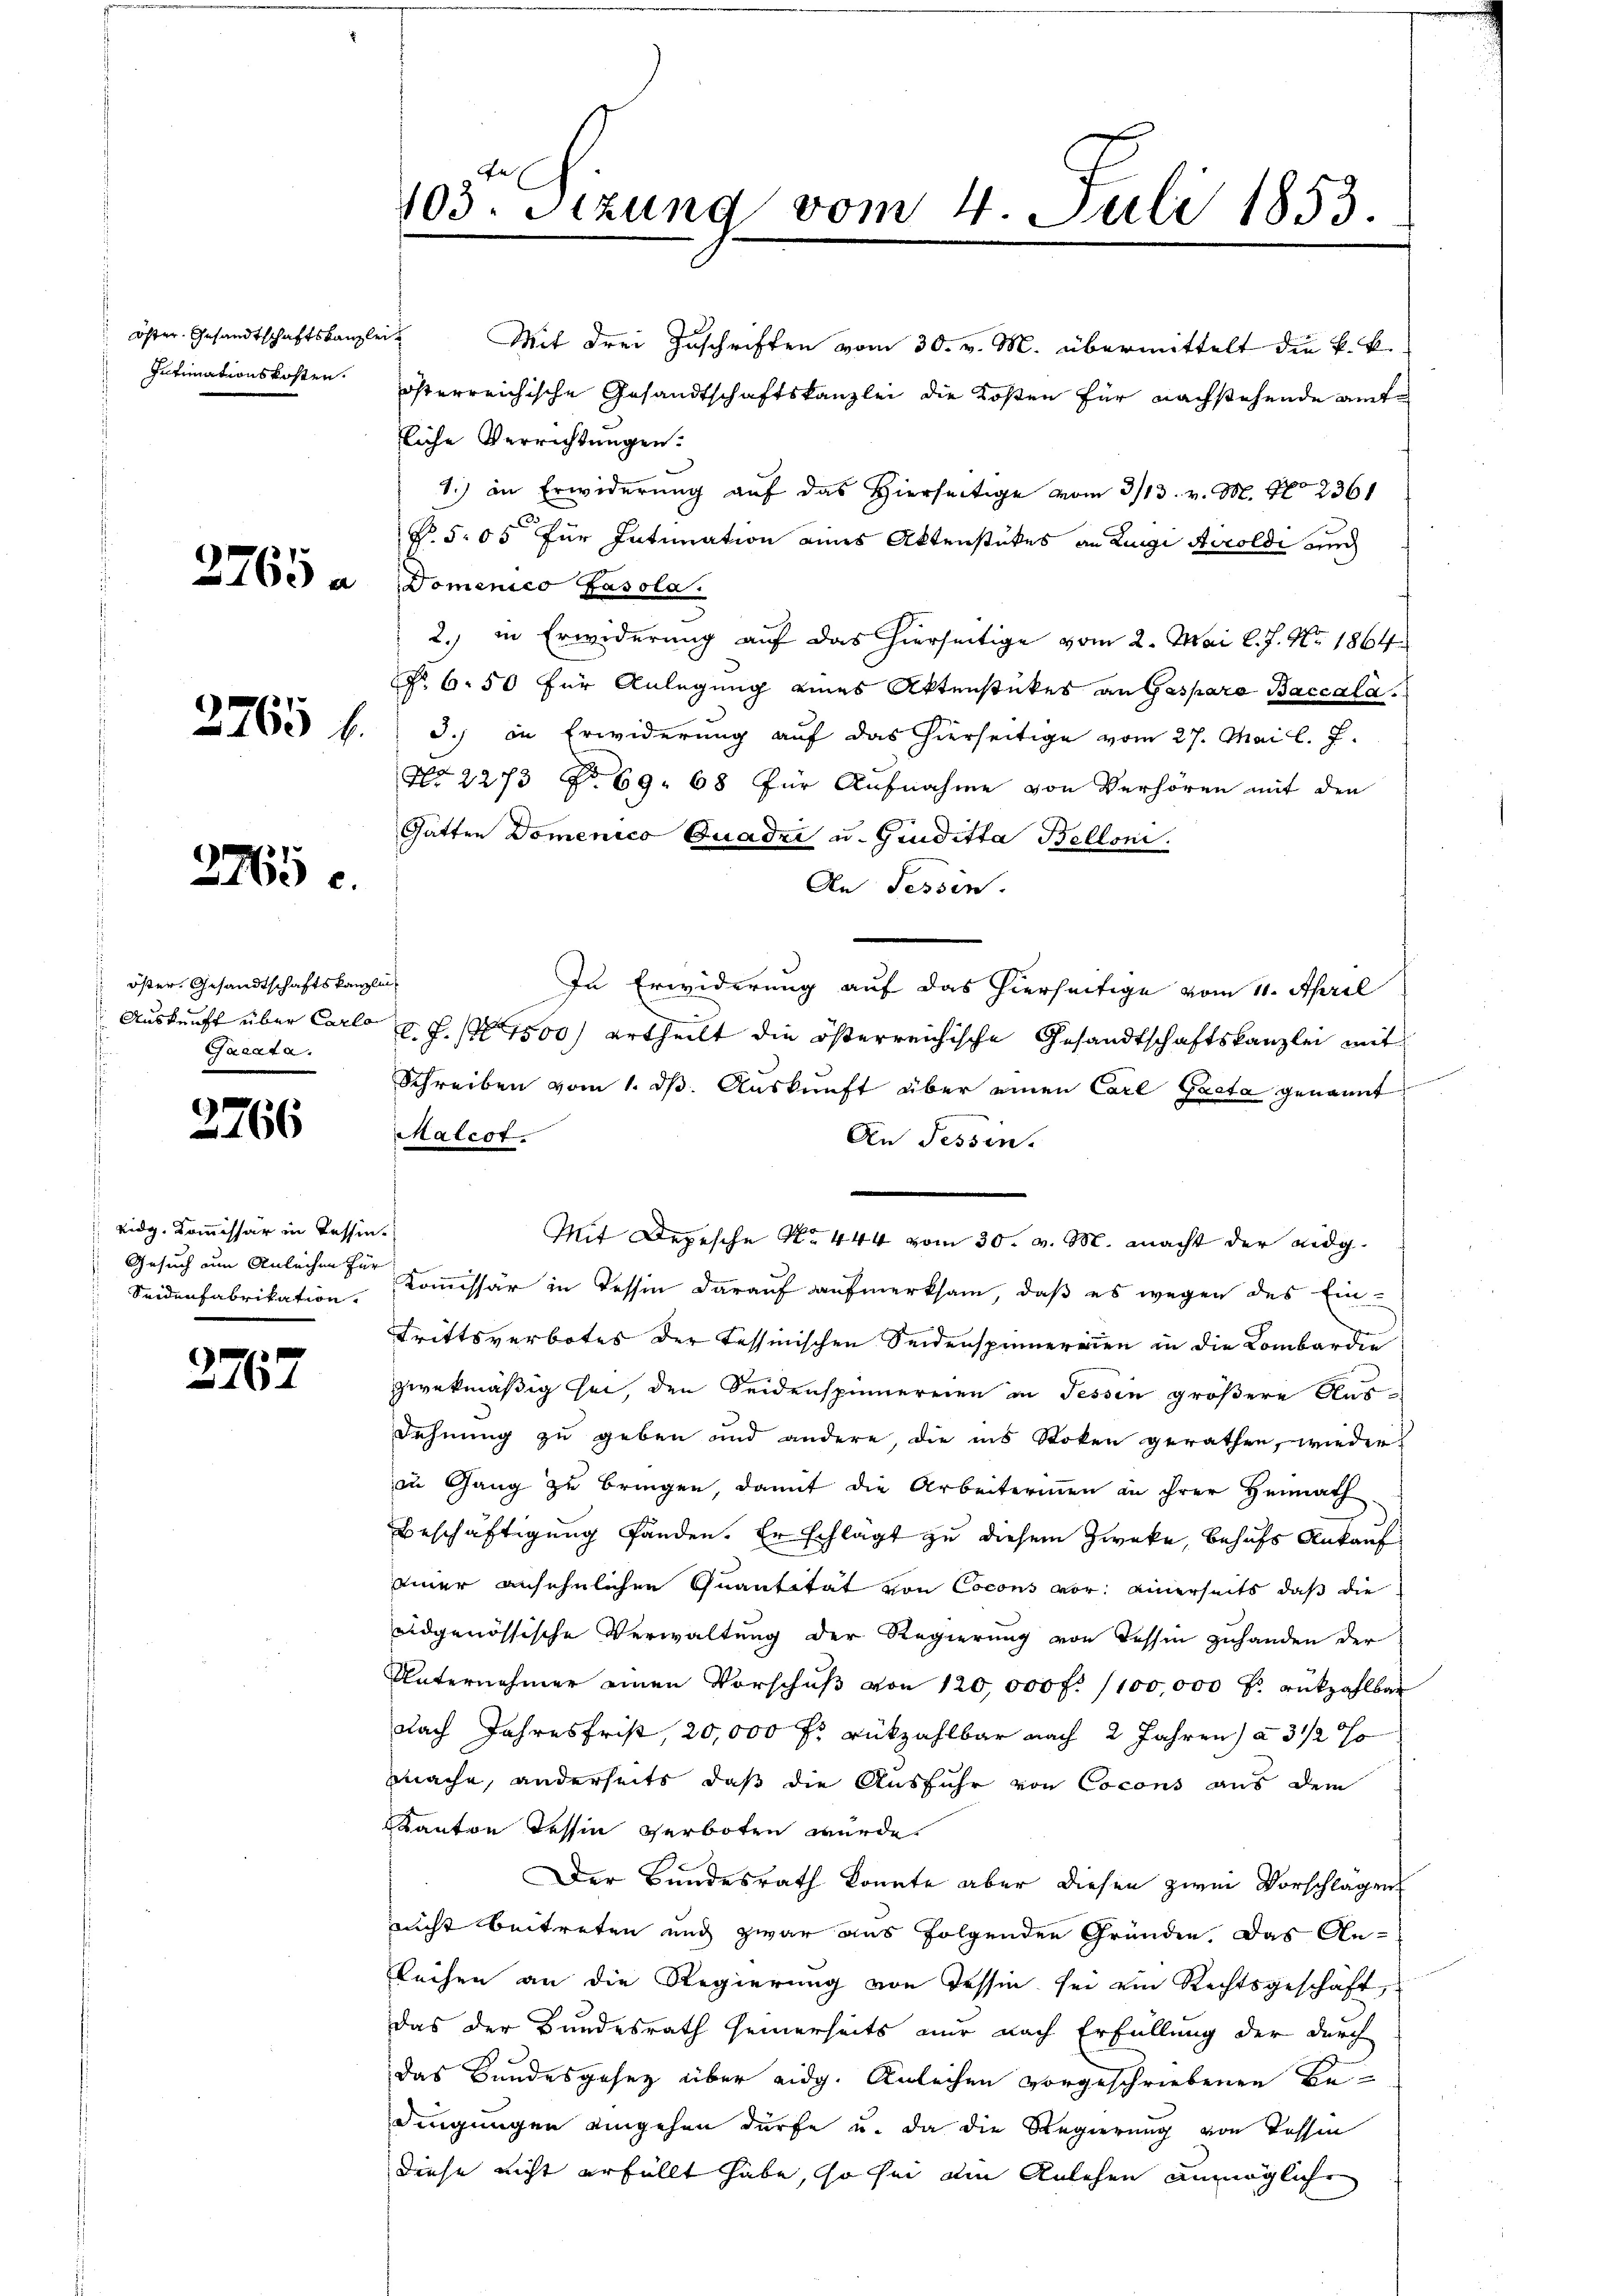
Öster. Gesandtschaftskanzlei
Intimationskosten.

2765 a

2765 f.

2765 c.

öster Gesandtschaftskanzl
Auskunft über Carlo
Sacada.

2766

Eidg. Kommissär in Tessin.
Gesuch um Anleihen für
 Seidenfabrikation.

2762

403. Stzung vom 4. Juli 1853.

Mit drei Zuschriften vom 30. v. M. übermittelt die k. k.
österreichische Gesandtschaftskanzlei die Kosten für nachstehende amt
liche Verrichtungen.
1.) in Erwiderung auf das Hierseitige vom 3/13. v. M. No 2361
No. 505 für Intimation eines Aktenstückes an Luigi Accoldi auch
Domenico Gasola.
2. in Erwiderung auf das hierseitige vom 2. Mai l. J. No. 1864
o. 650 für Anlegung eines Aktenstückes an Gespara Baccala
3.) in Erwiderung auf das hierseitige vom 27. Mai l. J.
No. 2273 No 69. 68 für Aufnahme von Verhören mit den
Gatten Domenico Quadri u. Gruditta Belloni.
An Tessin.
a
In Erwiderung auf das hierseitige vom 11. April
C. J. 17500 ertheilt die österreichische Gesandtschaftskanzlei mit
Schreiben vom 1. ds. Auskunft über einen Carl Pacta genannt
Malcot.
An Tessin.
Mit Depesche No 444 vom 30. v. M. macht der Eidg
Kommissär in Tessin darauf aufmerksam, daß es wegen des Ein-
Trittsverbotes der Tessinischen Seidenspinnereien in die Lombardie
zwekmäßig sei, den Seidenspinnereien in Tessin größere Aus¬
Fehnung zu geben und andere, die ins Stoken gerathen, wieder
in Gang zu bringen, damit die Arbeiterinnen in ihrer Heimath
Beschäftigung fanden. Er schlägt zu diesem Zweke, behufs Ankauf
einer ansehnlichen Quantität von Cocons vor einerseits, daß die
eidgenössische Verwaltung der Regierung von Tessin zuhanden der
Unternehmer einen Vorschuß von 120,000 f. 1100,000 f: rükzahlbar
Nach Jahresfrist, 20,000 fr rückzahlbar nach 2 Jahren) à 3 1/2 %
mache, anderseits, daß die Ausführ von Cocons aus dem
Kanton Tessin verboten wurde.
Der Bundesrath konnte aber diesen zwei Vorschlägen
nicht beitreten und zwar aus folgenden Gründen. Das An¬
Leihen an die Regierung von Tessin sei ein Rechtsgeschäft,
das der Bundesrath seinerseits nur nach Erfüllung der durch
das Bundesgesetz über eidg. Anleihen vorgeschriebenen Be-
dingungen eingehen dürfe u. da die Regierung von Tessin
diese nicht erfüllt habe, so hin ain Anlehen unmögliche